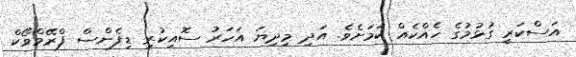
އަސްކަރީ ގުޅުމުގެ ހެއްކެއް ކަމަށެވެ. އަދި މިދިޔަ އަހަރު ސޮއިކުރި ޑިފެންސް ފްރޭމްވޯކް